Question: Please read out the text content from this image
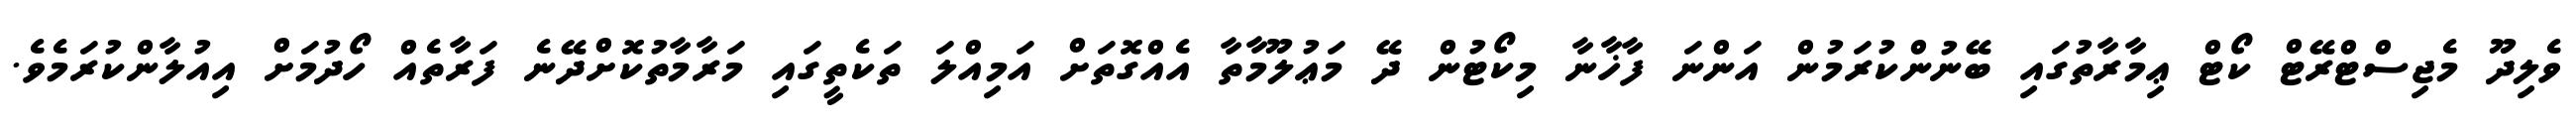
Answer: ވެލިދޫ މެޖިސްޓްރޭޓް ކޯޓް ޢިމާރާތުގައި ބޭނުންކުރަމުން އަންނަ ފާޚާނާ މިކޯޓުން ދޭ މަޢުލޫމާތާ އެއްގޮތަށް އަމިއްލަ ތަކެތީގައި މަރާމާތުކޮށްދޭނެ ފަރާތެއް ހޯދުމަށް އިއުލާންކުރަމެވެ.